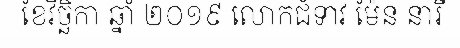
ខែវិច្ឆិកា ឆ្នាំ ២០១៩ លោកជំទាវ ម៉ែន នារី